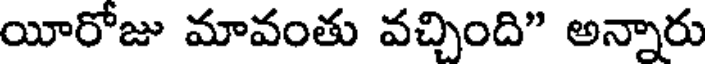
యీరోజు మావంతు వచ్చింది" అన్నారు